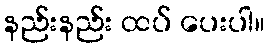
နည်းနည်း ထပ် ပေးပါ။